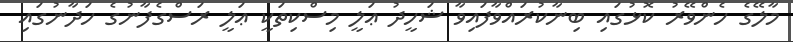
މާލޭގެ ހެންވޭރު ކޮޅުގައި ބިނާކުރައްވާފައިވާ ޝަހީދު ޢަލީ މިސްކިތަކީ ޢަލީ ރަސްގެފާނުގެ ހަދާނުގައި